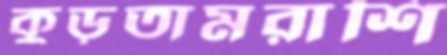
কুড়তামরাশি